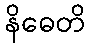
နိဓေတိ